Assam Mental Hospital (Tezpur, India) - 1933-1948
Year: 1933
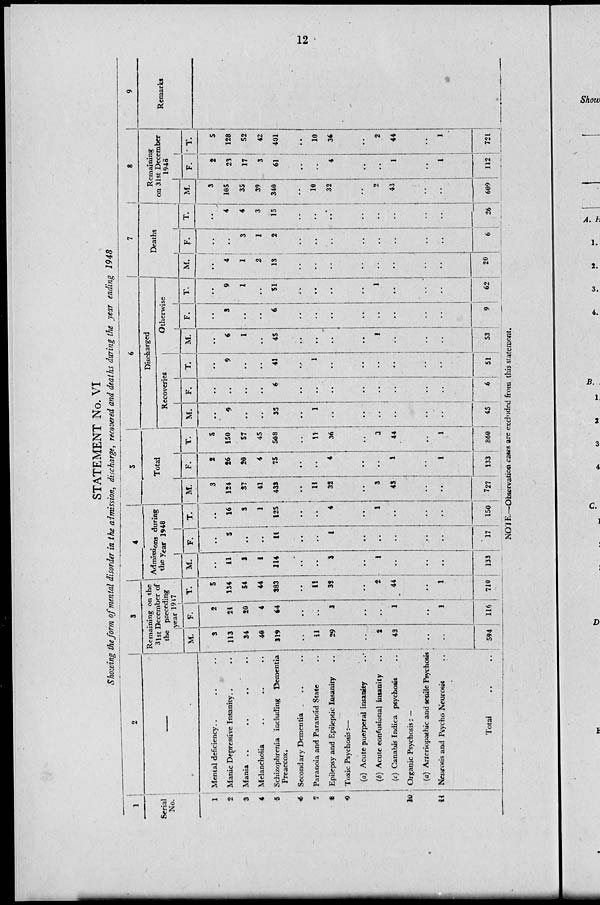
12
STATEMENT No. VI
Showing the form of mental disorder in the admission, discharge, recovered and deaths during the year ending 1948
1
Serial
No.
1
2
3
4
5
6
7
8
9
10
11
2
—
Mental deficiency.. .. ..
Manic Depressive Insanity.. ..
Mania ..
..
.. ..
Melancholia .. .. ..
Schizophrenia including Dementia
Preaccox.
Secondary Dementia .. ..
Paranoia and Paranoíd State ..
Epilepsy and Epileptic Insanity ..
Toxic Psychosis:—
(a) Acute puerperal insanity ..
(b) Acute confusional insanity ..
(c) Canabis Indica psychosis ..
Organic Psychosis: —
(a) Arteriopathic and senile Psychosis
Neurosis and Psycho Neurosis ..
Total .. ..
3
Remaining on the
31st December of
the preceding
year 1947
M.
3
113
34
40
319
..
11
29
..
2
43
..
..
594
F.
2
21
20
4
64
..
..
3
..
..
1
..
1
116
T.
5
134
54
44
383
..
11
32
..
2
44
..
1
710
4
Admissions during
the year 1948
M.
..
11
3
1
114
..
..
3
..
1
..
..
..
133
F.
..
5
..
..
11
..
..
1
..
..
..
..
..
17
T.
..
16
3
1
125
..
..
4
..
1
..
..
..
150
5
Total
M.
3
124
37
41
433
..
11
32
..
3
43
..
..
727
F.
2
26
20
4
75
..
..
4
..
..
1
..
1
133
T.
5
150
57
45
508
..
11
36
..
3
44
..
1
860
6
Discharged
Recoveries
M.
..
9
..
..
35
..
1
..
..
..
..
..
..
45
F.
..
..
..
..
6
..
..
..
..
..
..
..
..
6
T.
..
9
..
..
41
..
1
..
..
..
..
..
..
51
Otherwise
M.
..
6
1
..
45
..
..
..
..
1
..
..
..
53
F.
..
3
..
..
6
..
..
..
..
..
..
..
..
9
T.
..
9
1
..
51
..
..
..
..
1
..
..
62
7
Deaths
M.
..
4
1
2
13
..
..
..
..
..
..
..
..
20
F.
..
..
3
1
2
..
..
..
..
..
..
..
..
6
T.
..
4
4
3
15
..
..
..
..
..
..
..
..
26
8
Remaining
on 31st December
1948
M.
3
105
35
39
340
..
10
32
..
2
43
..
..
609
F.
2
23
17
3
61
..
..
4
..
..
1
..
1
112
T.
5
128
52
42
401
..
10
36
..
2
44
..
1
721
9
Remarks
NOTE.—Observation cases are excluded from this statement.